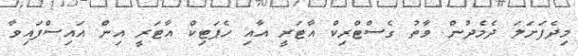
މިދެފަށަލަ ދެމެދުން ވާތު ގެސްޓްރިކް އާޓަރީ އާއި ހެޕަޓިކް އާޓަރީ އިން އައިސްފައިވާ